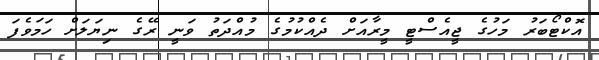
އޮކްޓޯބަރު މަހުގެ ޖީއެސްޓީ މީރާއަށް ދެއްކުމުގެ މުއްދަތު ވަނީ ރޭގެ ނިޔަލަށް ހަމަވެފަ